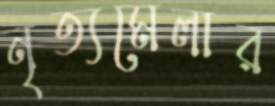
নৃত্যমেলার